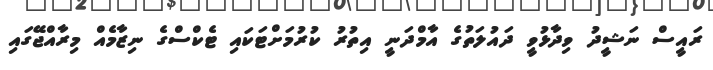
ރައީސް ނަޝީދު ވިދާޅުވީ ދައުލަތުގެ އާމްދަނީ އިތުރު ކުރުމަށްޓަކައި ޓެކްސްގެ ނިޒާމެއް މިރާއްޖޭގައި